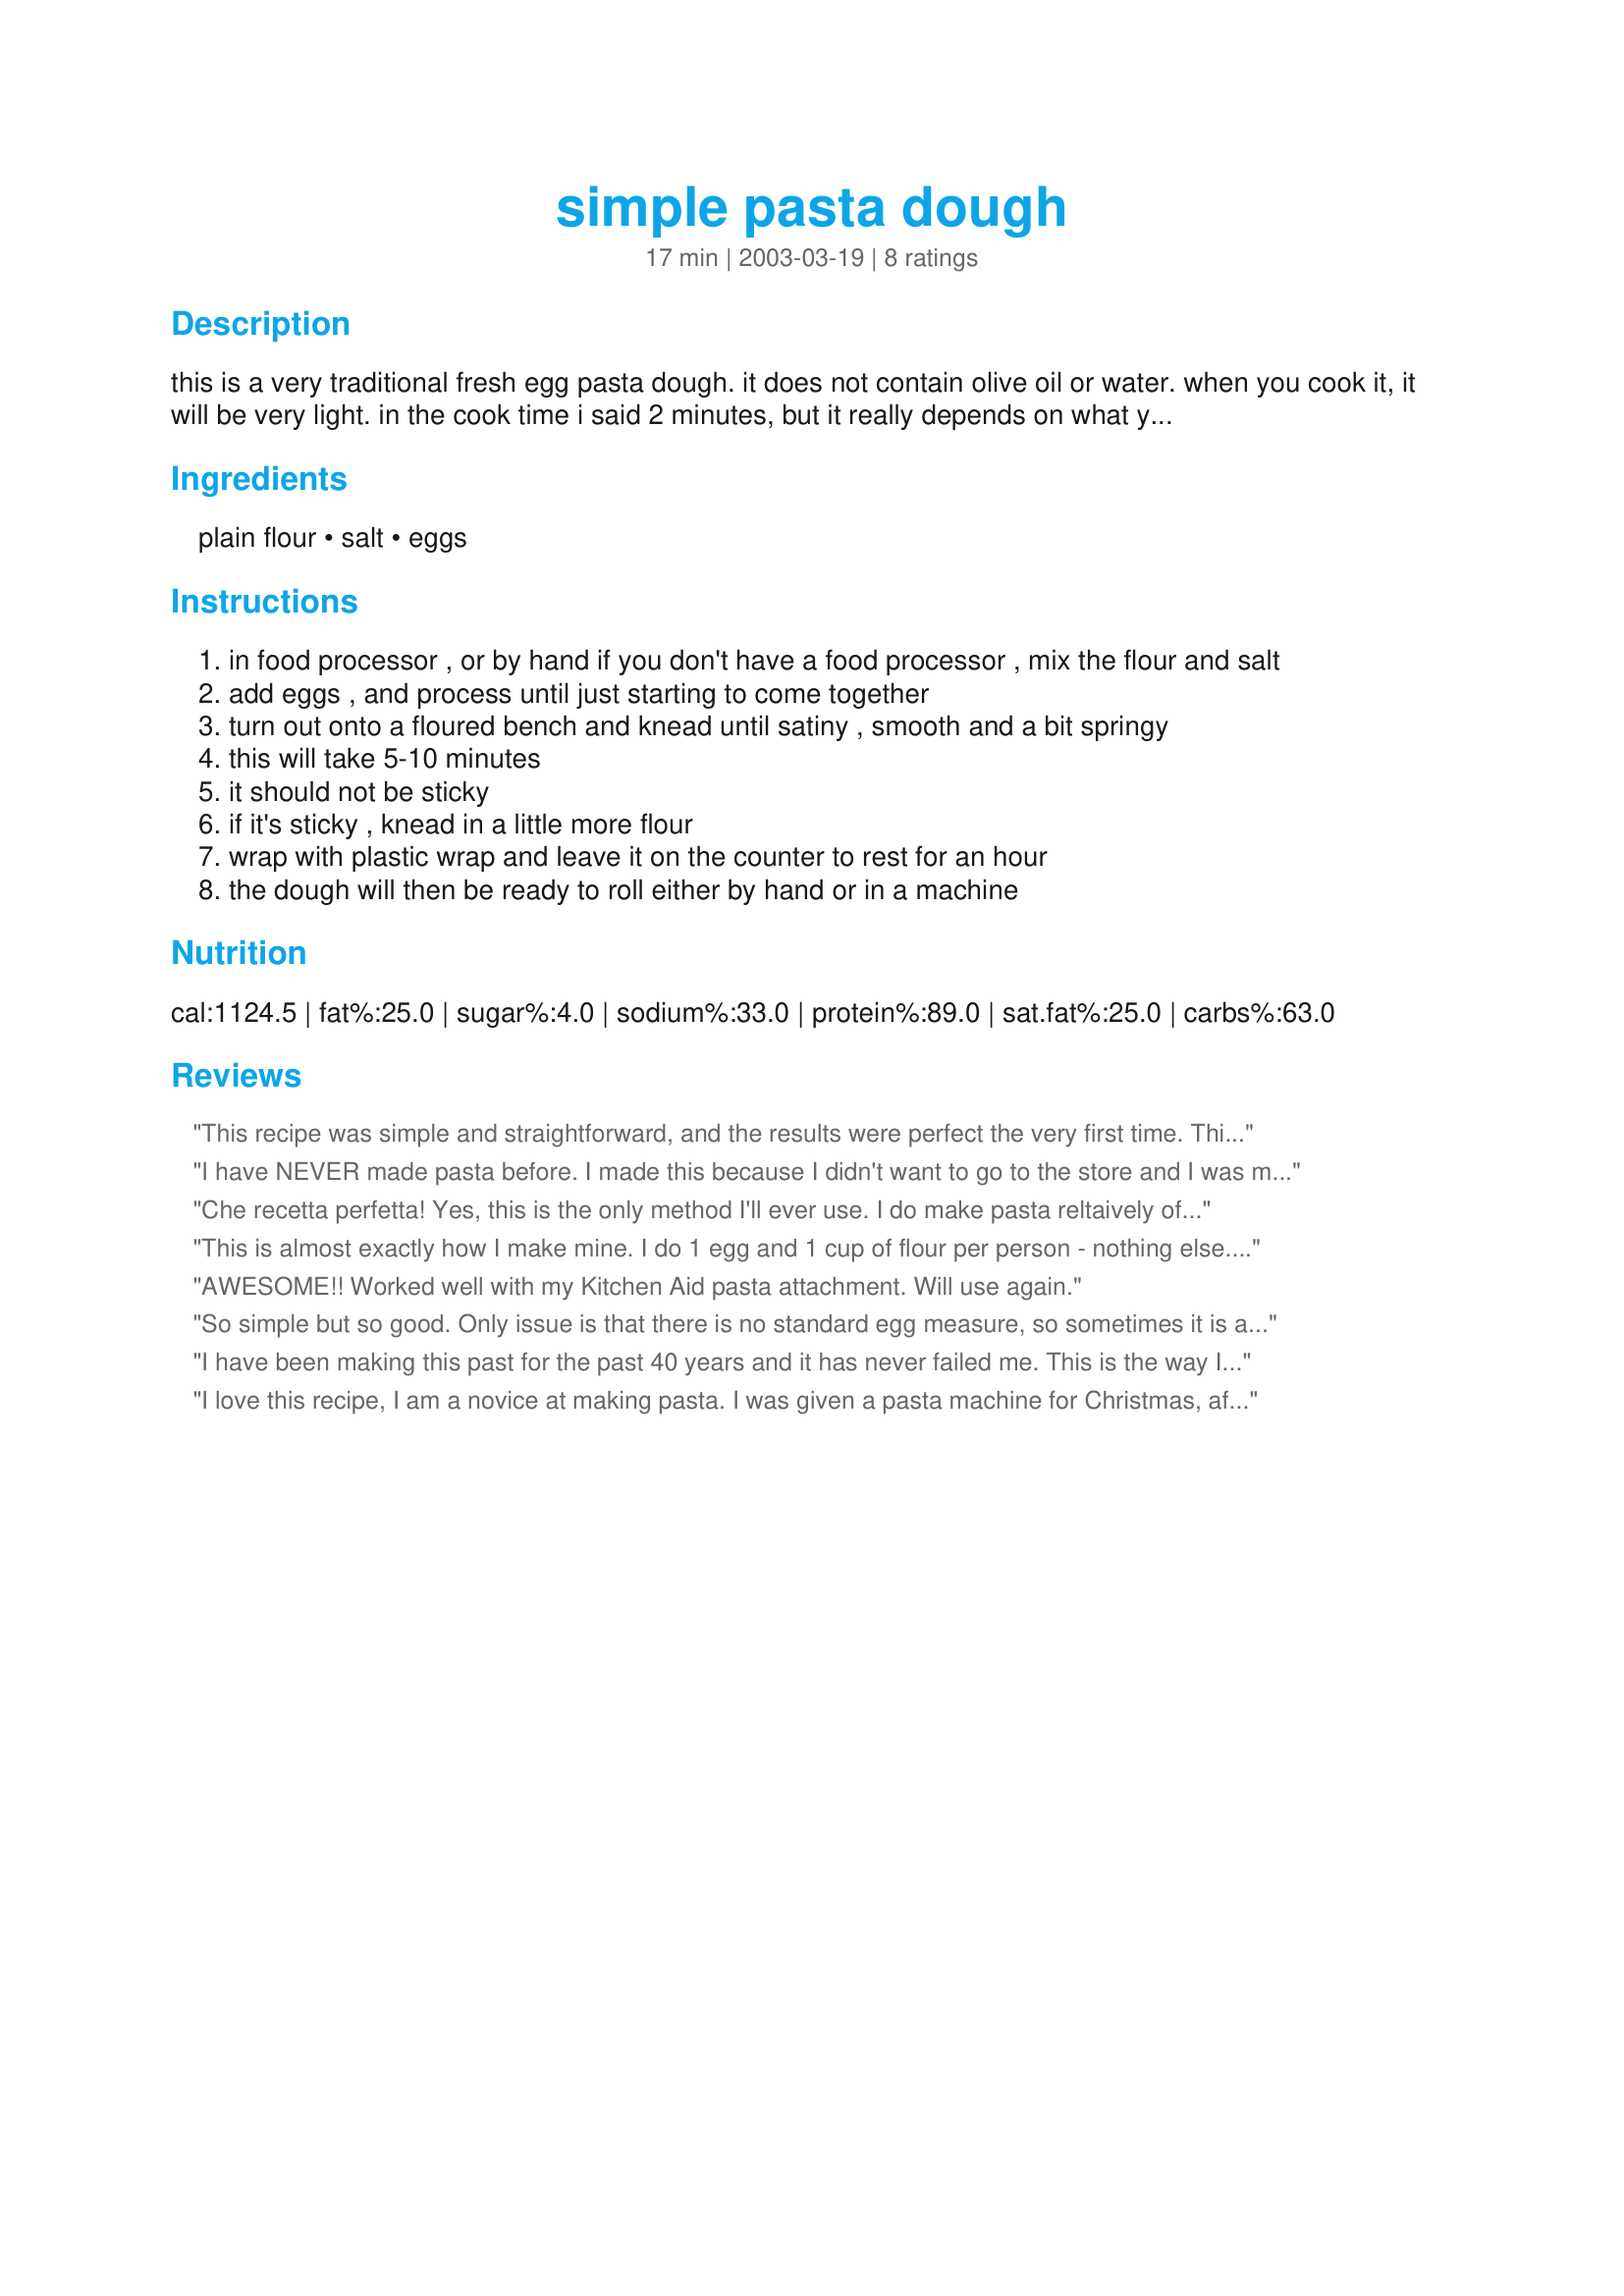
simple pasta dough
Preparation time: 17 minutes

this is a very traditional fresh egg pasta dough. it does not contain olive oil or water. when you cook it, it will be very light. in the cook time i said 2 minutes, but it really depends on what you are going to do with the dough. you could make lasagne sheets, or you could make fettucini, so these cooking times will be different.

Ingredients:
plain flour, salt, eggs

Steps:
in food processor , or by hand if you don't have a food processor , mix the flour and salt
add eggs , and process until just starting to come together
turn out onto a floured bench and knead until satiny , smooth and a bit springy
this will take 5-10 minutes
it should not be sticky
if it's sticky , knead in a little more flour
wrap with plastic wrap and leave it on the counter to rest for an hour
the dough will then be ready to roll either by hand or in a machine

Reviews:
This recipe was simple and straightforward, and the results were perfect the very first time. This is my second time making pasta dough, and the first time (a different recipe) was a miserable failure. This made enough for my girlfriend and I to each have seconds (and both were healthy portions at that).
I have NEVER made pasta before. I made this because I didn't want to go to the store and I was making homemade chicken noodle soup. This was so easy, so fun to do, and absolutely delicious. I do have an old hand-crank pasta machine that I inherited from my mother-in-law...I just used it for the first time! My husband was impressed! Note...as with the other reviewer, my dough was a little dry at first. (We live in a very dry climate!) So I added a few drops of water at a time by simply wetting my fingers and kneading...I did this twice. Fantastic results, thanks for posting!
Che recetta perfetta! Yes, this is the only method I'll ever use. I do make pasta reltaively often, but the recipes I've used before did have oil and water, and ALWAYS ended up gumming up the machine! This one stayed nice and dry and workable. I used it today to make paper-thin fresh lasagne sheets for MsKittyKat's White Lasagne, and what a success. Grazie, Jangomango!
This is almost exactly how I make mine. I do 1 egg and 1 cup of flour per person - nothing else. I never add salt either. Love this dough recipe, just minus the salt. Enjoy everyone!
AWESOME!! Worked well with my Kitchen Aid pasta attachment. Will use again.
So simple but so good. Only issue is that there is no standard egg measure, so sometimes it is a bit dry or a bit wet - however, this issue would count for any egg based recipes. Fresh pasta just makes a meal and having compared some of the recipes here non is simpler or gives a better result.
I have been making this past for the past 40 years and it has never failed me. This is the way I make it. I take it out of my processor, ( it will be very crumbly, but don't get upset).. I knead it about 10 times, ( it's not silky or smooth). I then cut up the dough into good size pieces, and run them through my kitchenaide pasta machine, 4 times folding the dough on each settings 1 through 6, ( this works the dough beautifully). My pasta comes out perfect, very smooth and light. You don't want to make this pasta real thick, as it will taste hard. This has worked for me and I hope that everyone will give this method a try.
I love this recipe, I am a novice at making pasta. I was given a pasta machine for Christmas, after falling in love with a butternut squash ravioli dish. This recipe is so easy, but periodically I make it too dry and have to add a little water to make it stick together. One other thing I found helpful is once it is fairly bound together, I run small peices of it through the pasta machine to make sure it is well blended, then I take the peices and knead for a short time to make a ball before I let it rest for an hour. Sure helps me to make a consistant dough. My husband loves this one and ask for me to make it every weekend and even sometimes on the weekdays. Fantastico!
